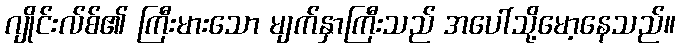
ဂျိုင်းလ်စ်၏ ကြီးမားသော မျက်နှာကြီးသည် အပေါ်သို့မော့နေသည်။